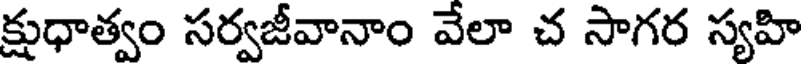
క్షుధాత్వం సర్వజీవానాం వేలా చ సాగర స్యహి